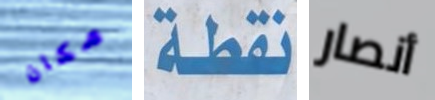
مكان نقطة أنصار